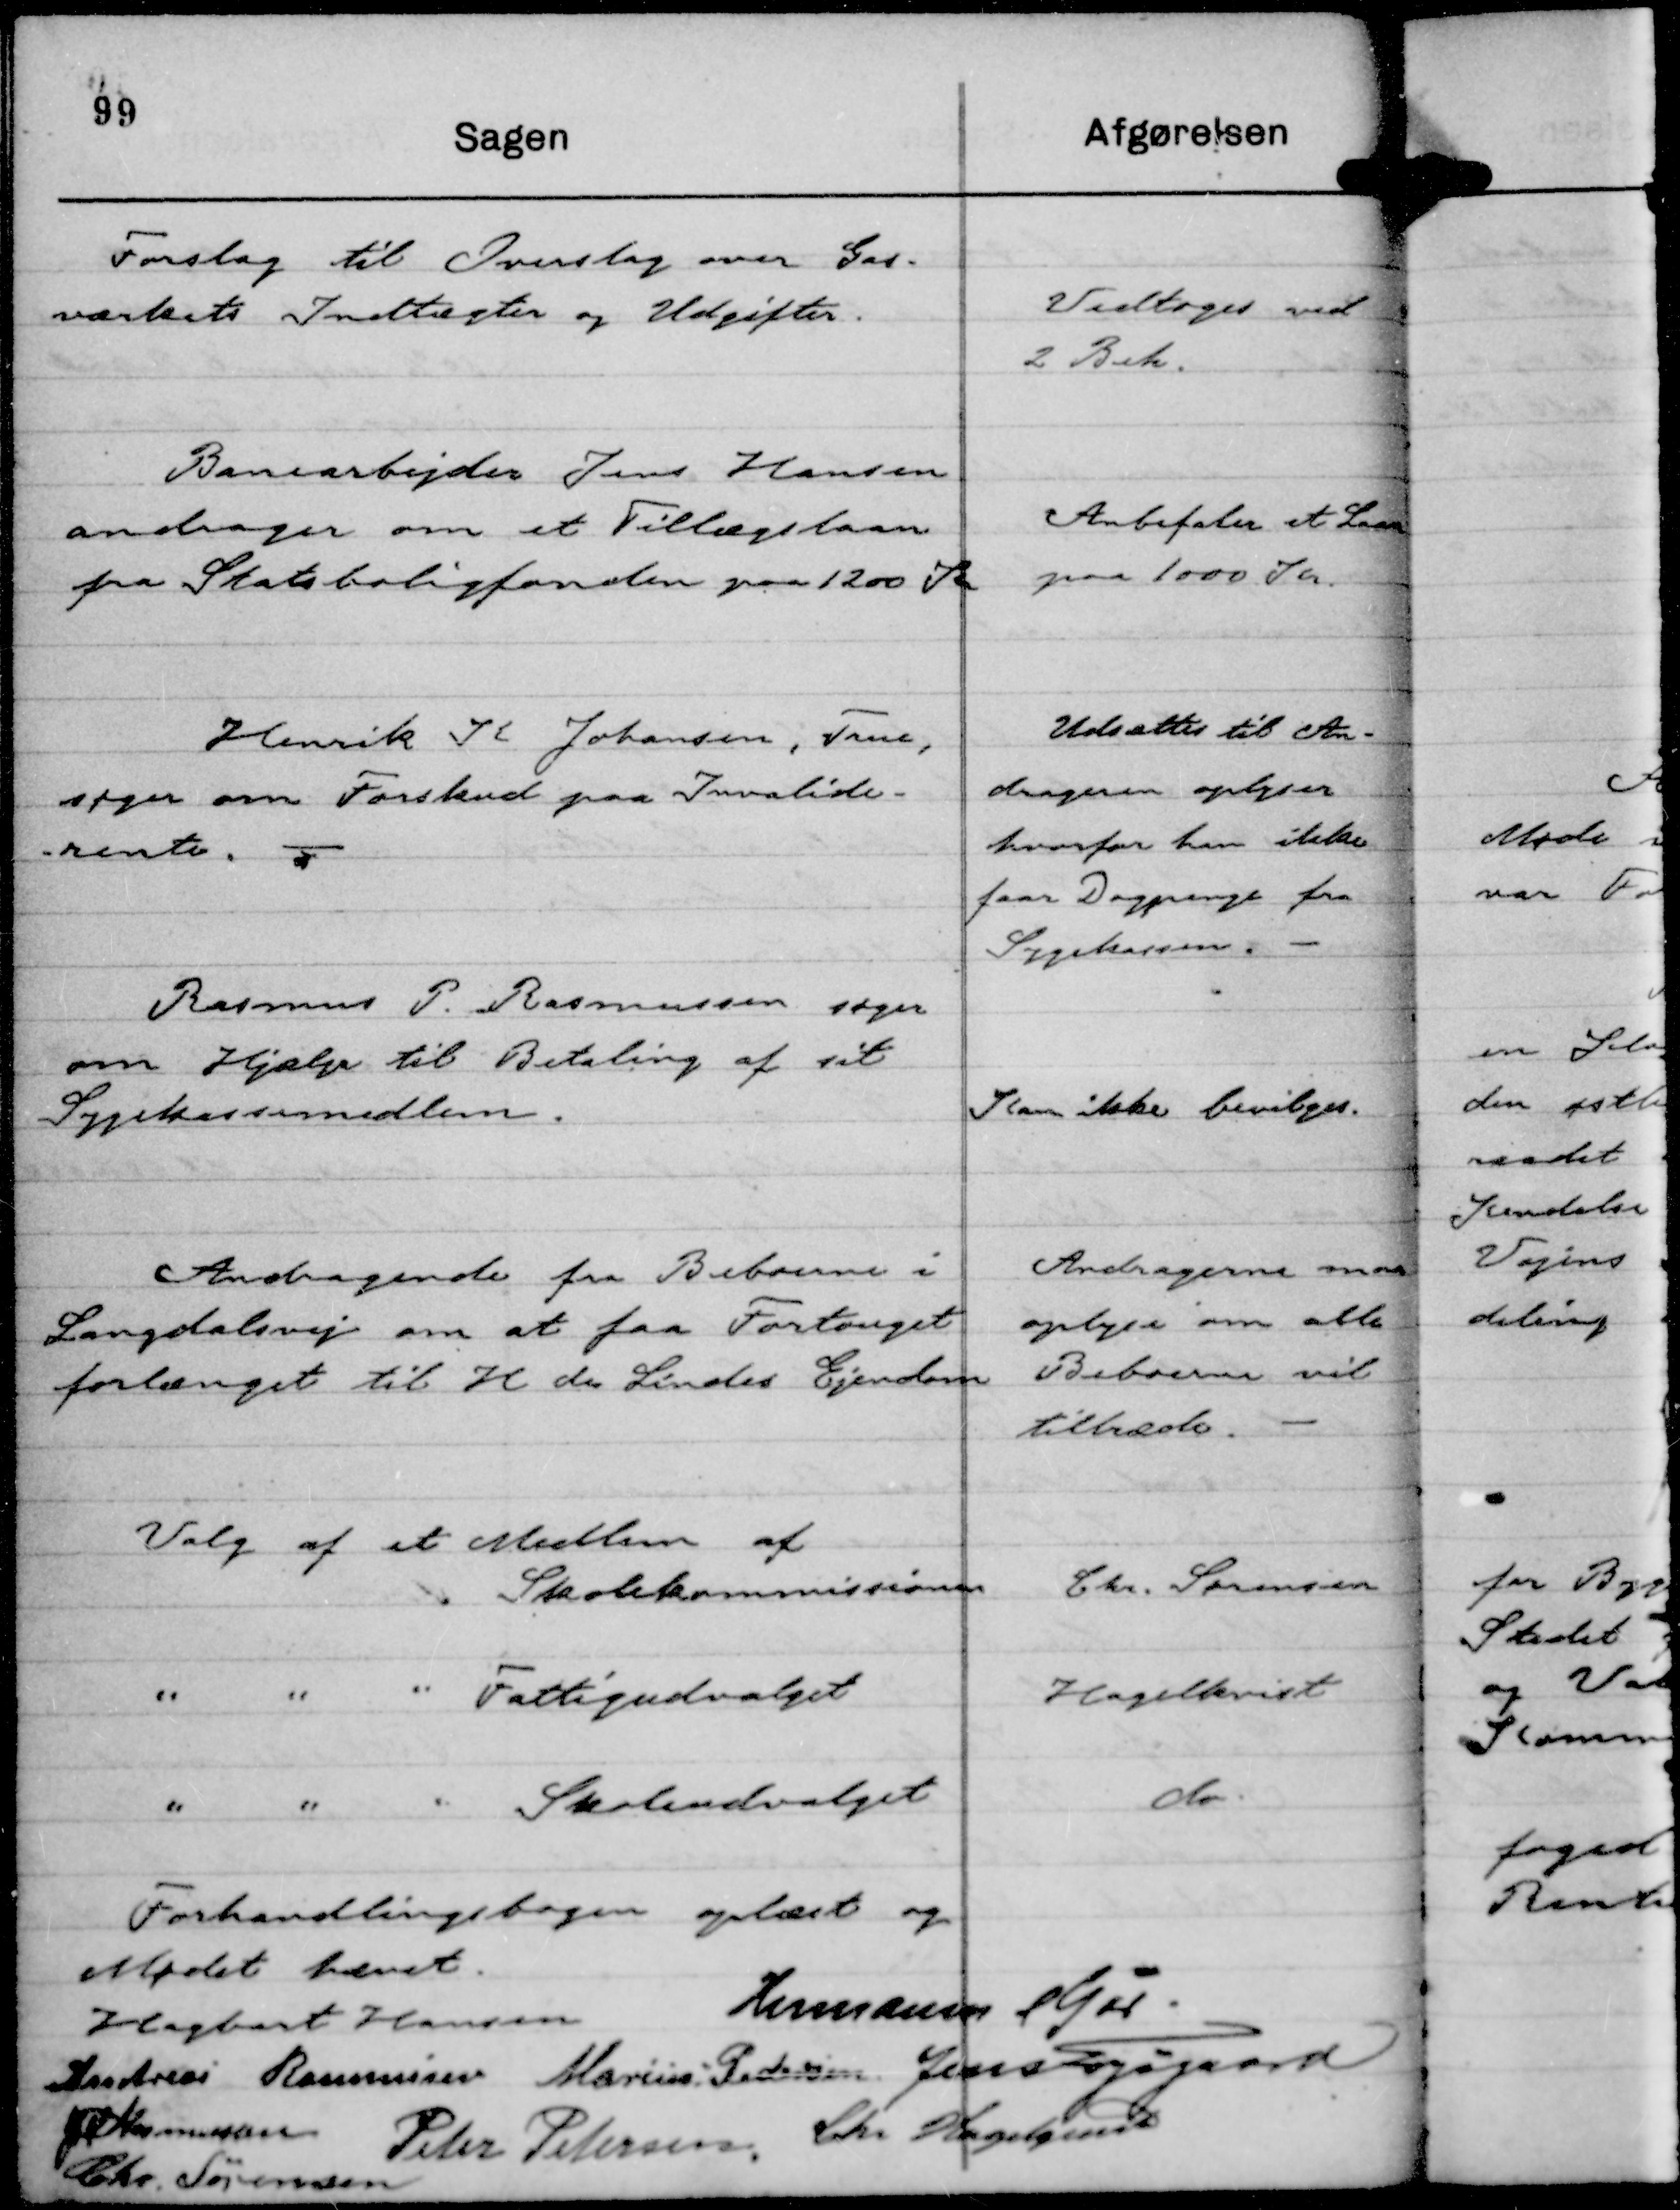
Transskription:
Forslag til Overslag over Gas-
værkets Indtægter og Udgifter.

Vedtoges ved
2 Beh.

Banearbejder Jens Hansen
andrager om et Tillægslaan
fra Statsboligfonden paa 1200 Kr

Anbefaler et Laan
paa 1000 Kr.

Henrik K Johansen, True,
søger om Forskud paa Invalide-
rente.

Udsættes til An-
drageren oplyser
hvorfor han ikke
faar Dagpenge fra
Sygekassen.

Rasmus P. Rasmussen søger
om Hjælp til Betaling af sit
Sygekassemedlem.

Kan ikke bevilges.

Andragende fra Beboerne i
Langdalsvej om at faa Fortouget
forlænget til H de Lindes Ejendom

Andrageren maa
oplyse om alle
Beboerne vil
tiltræde.

Valg af et Medlem af
Skolekommissionen

Chr. Sørensen

"
"
" Fattigudvalget

Hagelkvist

"
"
" Skoleudvalget

do.

Forhandlingsbogen oplæst og
Mødet hævet.
Hagbart Hansen
Hermann Kjær.
Andreas Rasmussen
Marius Pedersen.
Jens Fogsgaard
JM Rasmussen
Peter Petersen,
Chr Hagelquist
Chr Sørensen